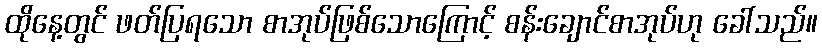
ထိုနေ့တွင် ဖတ်ပြရသော စာအုပ်ဖြစ်သောကြောင့် စန်းချောင်စာအုပ်ဟု ခေါ်သည်။